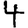
Digit: 4